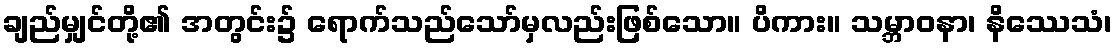
ချည်မျှင်တို့၏ အတွင်း၌ ရောက်သည်သော်မှလည်းဖြစ်သော။ ပိကား။ သမ္ဘာဝနာ၊ နိဿေသံ၊